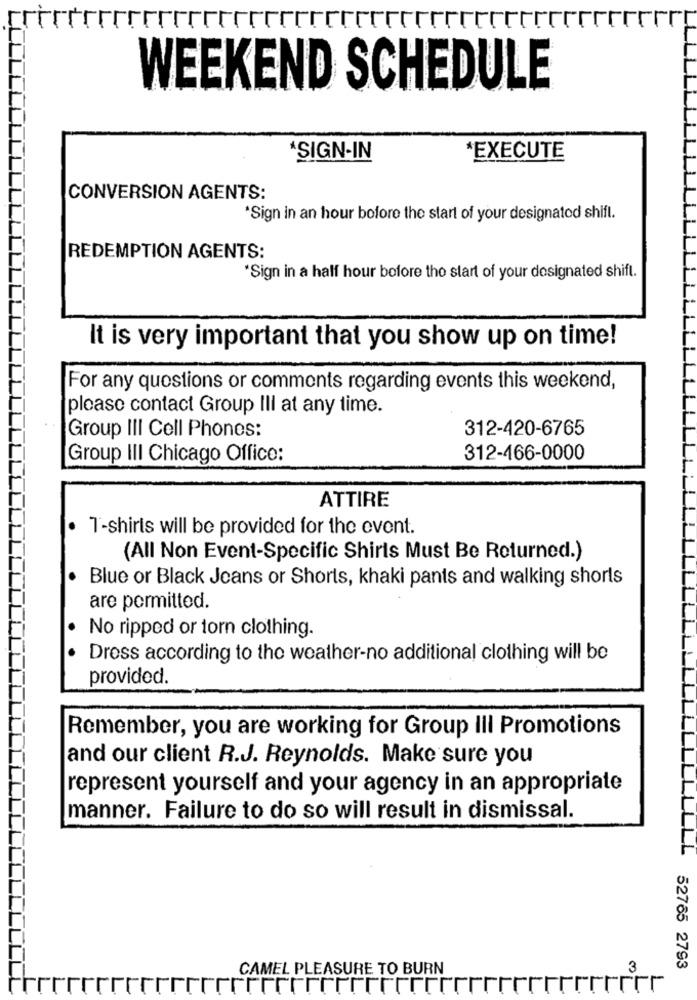
WEEKEND SCHEDULE
ASIGN-IN
*EXECUTE
CONVERSION AGENTS:
*Sign in an hour bofore the start of your designated shift.
REDEMPTION AGENTS:
'Sign in a half hour before the start of your designated shift.
It is very important that you show up on time!
For any questions or comments regarding events this weekend,
please contact Group Ill at any time.
312-420-6765
Group III Cell Phones:
Group III Chicago Office:
312-466-0000
ATTIRE
T-shirts will be provided for the event.
(All Non Event-Specific Shirts Must Be Returned.)
Blue or Black Jeans or Shorts, khaki pants and walking shorts
are permitted.
No ripped or torn clothing.
Dress according to the weather-no additional clothing will be
provided.
Remember, you are working for Group III Promotions
and our client R.J. Reynolds. Make sure you
represent yourself and your agency in an appropriate
manner. Failure to do so will result in dismissal.
CAMEL PLEASURE TO BURN
3
52765 2793